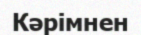
Кәрімнен